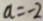
a = - 2